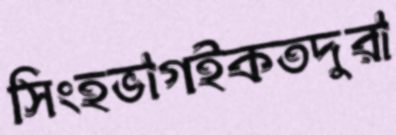
সিংহভাগইকতদুরা